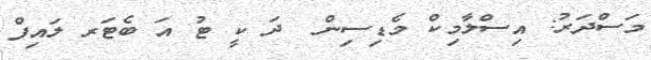
މަސްދަރު: އިސްލާމިކް މެޑިސިން  ދަ ކީ ޓު އަ ބެޓަރ ލައިފް